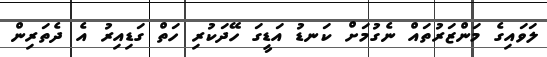
ލަވައިގެ މަންޒަރުތައް ނެގުމަށް ކަނޑު އަޑީގަ ހޭދަކުރި ހަތް ގަޑިއިރު އެ ދެތަރިން